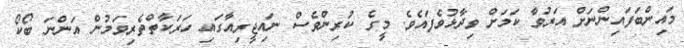
މައިންބަފައިންނަށް އަރުވާ ކަމަށް ވިދާޅުވެފައެވެ. މީގެ ކުރިންވެސް ނައިޖީރިއާގައި ހަރަކާތްތެރިވަމުން އަންނަ ބޯކޯ